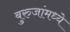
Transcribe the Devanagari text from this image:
बुरुजांमध्ये